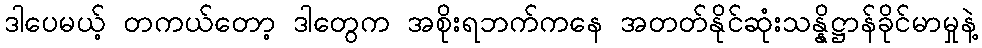
ဒါပေမယ့် တကယ်တော့ ဒါတွေက အစိုးရဘက်ကနေ အတတ်နိုင်ဆုံးသန္နိဋ္ဌာန်ခိုင်မာမှုနဲ့